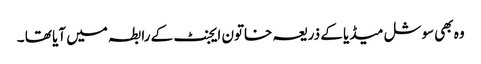
وہ بھی سوشل میڈیا کے ذریعہ خاتون ایجنٹ کے رابطہ میں آیا تھا ۔